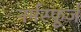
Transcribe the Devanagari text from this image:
नर्मस्फूर्ज